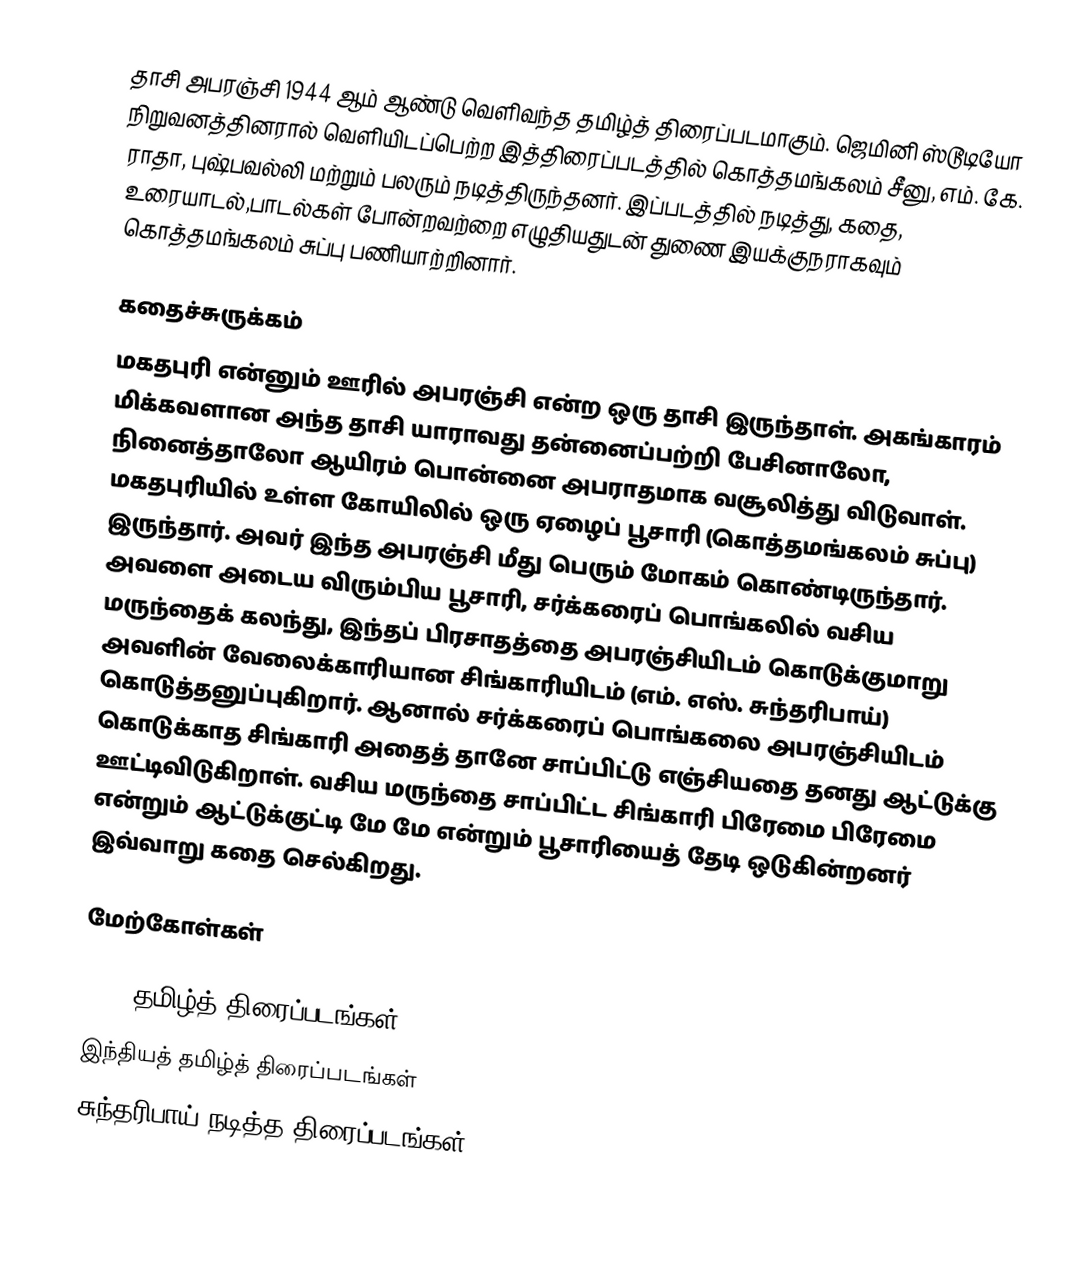
தாசி அபரஞ்சி 1944 ஆம் ஆண்டு வெளிவந்த தமிழ்த் திரைப்படமாகும். ஜெமினி ஸ்டூடியோ நிறுவனத்தினரால் வெளியிடப்பெற்ற இத்திரைப்படத்தில் கொத்தமங்கலம் சீனு, எம். கே. ராதா, புஷ்பவல்லி மற்றும் பலரும் நடித்திருந்தனர். இப்படத்தில் நடித்து, கதை, உரையாடல்,பாடல்கள் போன்றவற்றை எழுதியதுடன் துணை இயக்குநராகவும் கொத்தமங்கலம் சுப்பு பணியாற்றினார்.

கதைச்சுருக்கம்
மகதபுரி என்னும் ஊரில் அபரஞ்சி என்ற ஒரு தாசி இருந்தாள். அகங்காரம் மிக்கவளான அந்த தாசி யாராவது தன்னைப்பற்றி பேசினாலோ, நினைத்தாலோ ஆயிரம் பொன்னை அபராதமாக வசூலித்து விடுவாள். மகதபுரியில் உள்ள கோயிலில் ஒரு ஏழைப் பூசாரி (கொத்தமங்கலம் சுப்பு) இருந்தார். அவர் இந்த அபரஞ்சி மீது பெரும் மோகம் கொண்டிருந்தார். அவளை அடைய விரும்பிய பூசாரி,  சர்க்கரைப் பொங்கலில் வசிய மருந்தைக் கலந்து, இந்தப் பிரசாதத்தை அபரஞ்சியிடம் கொடுக்குமாறு அவளின் வேலைக்காரியான சிங்காரியிடம் (எம். எஸ். சுந்தரிபாய்) கொடுத்தனுப்புகிறார். ஆனால் சர்க்கரைப் பொங்கலை அபரஞ்சியிடம் கொடுக்காத சிங்காரி அதைத் தானே சாப்பிட்டு எஞ்சியதை தனது ஆட்டுக்கு ஊட்டிவிடுகிறாள். வசிய மருந்தை சாப்பிட்ட சிங்காரி பிரேமை பிரேமை என்றும் ஆட்டுக்குட்டி மே மே என்றும் பூசாரியைத் தேடி ஒடுகின்றனர் இவ்வாறு கதை செல்கிறது.

மேற்கோள்கள்

1944 தமிழ்த் திரைப்படங்கள்
இந்தியத் தமிழ்த் திரைப்படங்கள்
சுந்தரிபாய் நடித்த திரைப்படங்கள்